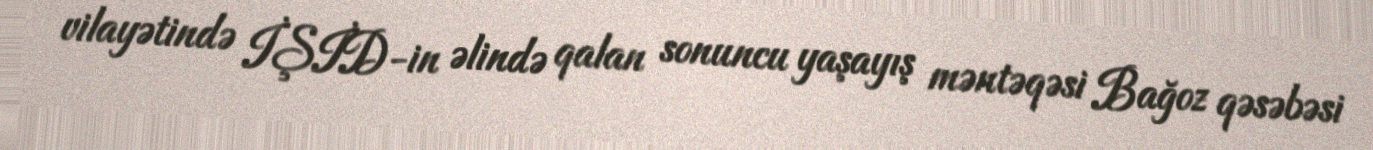
vilayətində İŞİD-in əlində qalan sonuncu yaşayış məntəqəsi Bağoz qəsəbəsi